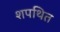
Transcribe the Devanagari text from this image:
शपथित